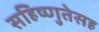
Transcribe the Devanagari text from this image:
सहिष्णुतेसह